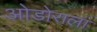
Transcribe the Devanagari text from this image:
ओडोराला